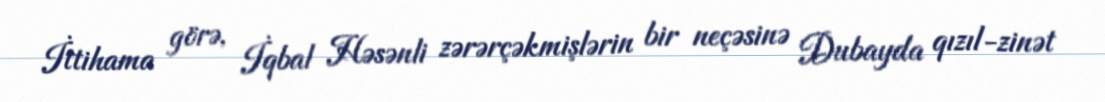
İttihama görə, İqbal Həsənli zərərçəkmişlərin bir neçəsinə Dubayda qızıl-zinət